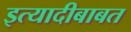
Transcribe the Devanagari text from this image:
इत्यादीबाबत